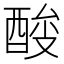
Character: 𰼉